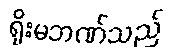
ရိုးမဘဏ်သည်